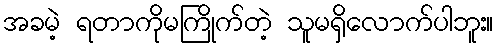
အခမဲ့ ရတာကိုမကြိုက်တဲ့ သူမရှိလောက်ပါဘူး။